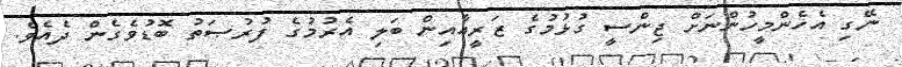
ނޭގި އެހެންމީހުންނަށް ޖިންސީ ގުޅުމުގެ ޒަރީޢާއިން ބަލި އެރުމުގެ ފުރުޞަތު ބޮޑުވެގެން ދެއެވެ.